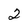
Character: 2